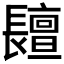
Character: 𨲷